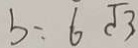
b = 6 \sqrt { 3 }